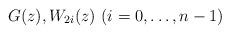
LaTeX: \begin{align*}G(z),W_{2i}(z)\ (i=0,\ldots,n-1)\end{align*}